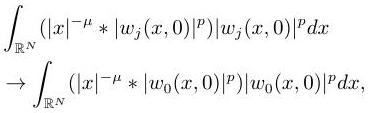
\begin{align*}
&\int_{\mathbb{R}^N} \left( |x|^{-\mu} * |w_j(x, 0)|^p \right) |w_j(x, 0)|^p dx \\
&\to \int_{\mathbb{R}^N} \left( |x|^{-\mu} * |w_0(x, 0)|^p \right) |w_0(x, 0)|^p dx,
\end{align*}